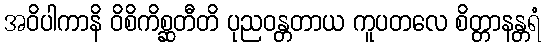
အဝိပါကာနိ ဝိစိကိစ္ဆတီတိ ပုညဝန္တတာယ ကူပတလေ စိတ္တာနန္တရံ